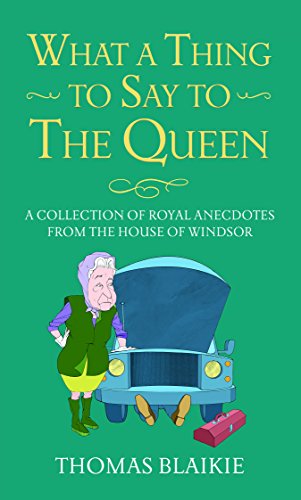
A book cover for What a Thing to Say to the Queen: A collection of royal anecdotes from the House of Windsor; Thomas Blaikie; Biographies & Memoirs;